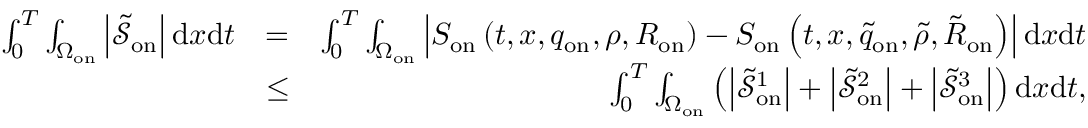
\begin{array} { r l r } { \int _ { 0 } ^ { T } \int _ { \Omega _ { \mathrm { o n } } } \left| \tilde { \mathcal { S } } _ { \mathrm { o n } } \right| \mathrm { d } x \mathrm { d } t } & { = } & { \int _ { 0 } ^ { T } \int _ { \Omega _ { \mathrm { o n } } } \left| S _ { \mathrm { o n } } \left( t , x , q _ { \mathrm { o n } } , \rho , R _ { \mathrm { o n } } \right) - S _ { \mathrm { o n } } \left( t , x , \tilde { q } _ { \mathrm { o n } } , \tilde { \rho } , \tilde { R } _ { \mathrm { o n } } \right) \right| \mathrm { d } x \mathrm { d } t } \\ & { \leq } & { \int _ { 0 } ^ { T } \int _ { \Omega _ { \mathrm { o n } } } \left( \left| \tilde { \mathcal { S } } _ { \mathrm { o n } } ^ { 1 } \right| + \left| \tilde { \mathcal { S } } _ { \mathrm { o n } } ^ { 2 } \right| + \left| \tilde { \mathcal { S } } _ { \mathrm { o n } } ^ { 3 } \right| \right) \mathrm { d } x \mathrm { d } t , } \end{array}